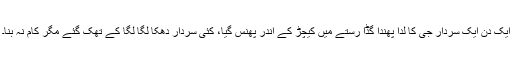
ایک دن ایک سردار جی کا لدا پھندا گڈا رستے میں کیچڑ کے اندر پھنس گیا، کئی سردار دھکا لگا لگا کے تھک گئے مگر کام نہ بنا۔